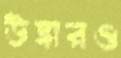
উদ্ধারও